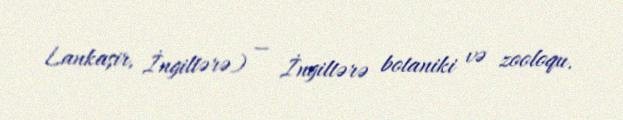
Lankaşir, İngiltərə) — İngiltərə botaniki və zooloqu.